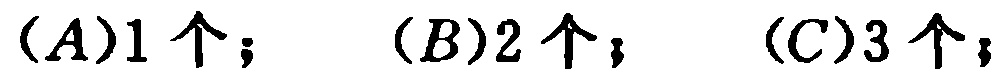
\((A)1个；\ (B)2个；\ (C)3个；\)